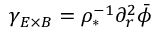
\gamma _ { E \times B } = \rho _ { * } ^ { - 1 } \partial _ { r } ^ { 2 } \bar { \phi }